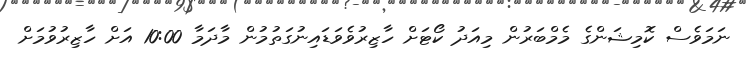
ނަމަވެސް ކޮމިޝަންގެ މެމްބަރުން މިއަދު ކޯޓަށް ހާޒިރުވެވަޑައިނުގަތުމުން މާދަމާ 10:00 އަށް ހާޒިރުވުމަށް